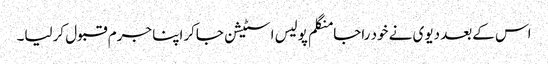
اس کےبعد دیوی نے خود راجا منگلم پولیس اسٹیشن جاکراپنا جرم قبول کرلیا۔